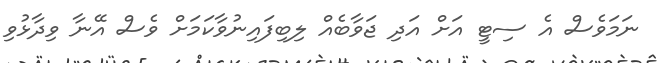
ނަމަވެސް އެ ސިޓީ އަށް އަދި ޖަވާބެއް ލިބިފައިނުވާކަމަށް ވެސް އޭނާ ވިދާޅުވި